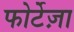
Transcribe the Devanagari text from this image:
फोर्टेज़ा